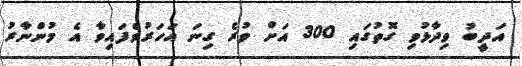
އަދީބު ވިދާޅުވި ގޮތުގައި 300 އަށް ވުރެ ގިނަ އަހަރުވެފައިވާ އެ މުންނާރު